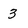
Character: 3